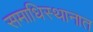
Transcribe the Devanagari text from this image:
समाधिस्थानात